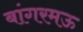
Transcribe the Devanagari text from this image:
बांगरमऊ